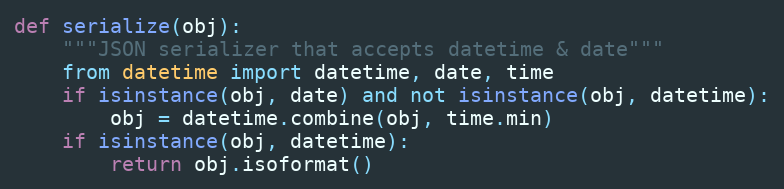
Language: Python
def serialize(obj):
    """JSON serializer that accepts datetime & date"""
    from datetime import datetime, date, time
    if isinstance(obj, date) and not isinstance(obj, datetime):
        obj = datetime.combine(obj, time.min)
    if isinstance(obj, datetime):
        return obj.isoformat()